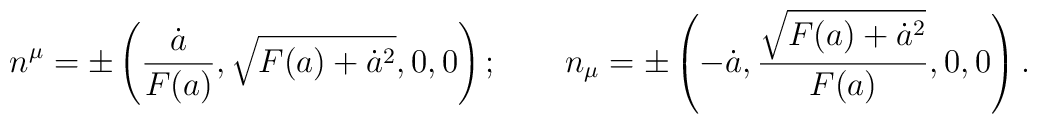
n^\mu = \pm\left({\dot a\over F(a)},\sqrt{F(a)+ \dot a^2},0,0\right); \qquad n_\mu = \pm\left(-\dot a,{\sqrt{F(a)+\dot a^2}\over F(a)},0,0\right).